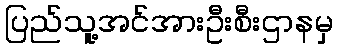
ပြည်သူ့အင်အားဦးစီးဌာနမှ